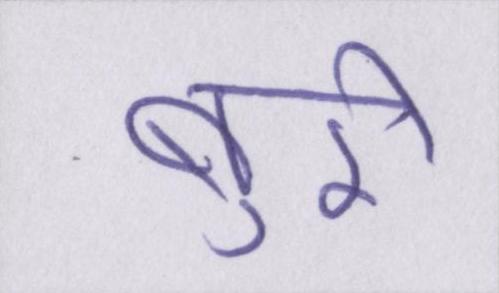
बुरी